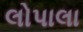
લોપાલા